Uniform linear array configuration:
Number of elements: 16
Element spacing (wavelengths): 0.75
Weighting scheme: kaiser
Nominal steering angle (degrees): -60
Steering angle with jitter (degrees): -60.804
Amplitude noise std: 0.05
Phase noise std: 0.05

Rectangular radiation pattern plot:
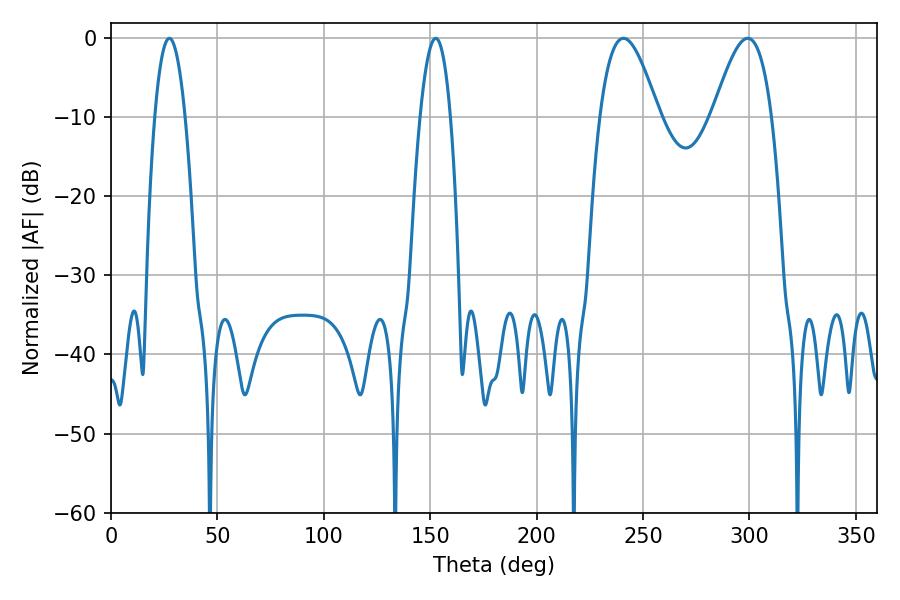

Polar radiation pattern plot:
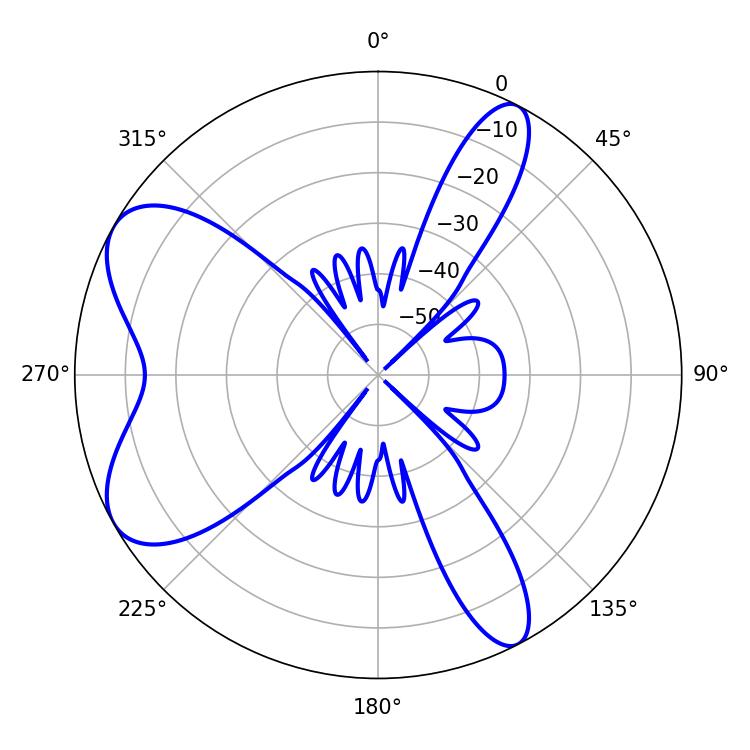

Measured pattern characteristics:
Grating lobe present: TRUE
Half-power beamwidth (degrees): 14.94
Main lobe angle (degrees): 299.16